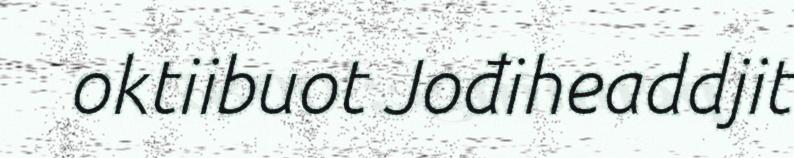
oktiibuot Jođiheaddjit